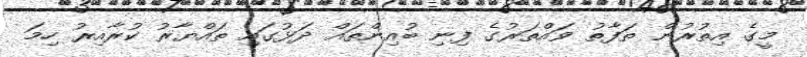
މީގެ އިތުރުން ތަފާތު ވައްތަރުގެ ފިނި ބުއިންތައް ދަޅުގައި ތައްޔާރު ކުރާއިރު ހިމަ